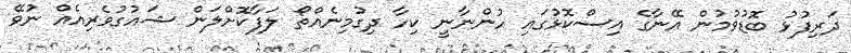
ދަރިފުޅު ބޮޑުވުމުން އޭނާގެ އިސްކޮޅުގައި ހުންނާނީ ކިހާ ދިގުމިނެއްތޯ ލަފާކޮށްލަން ޝައުގުވެރިއެއް ނުވޭ